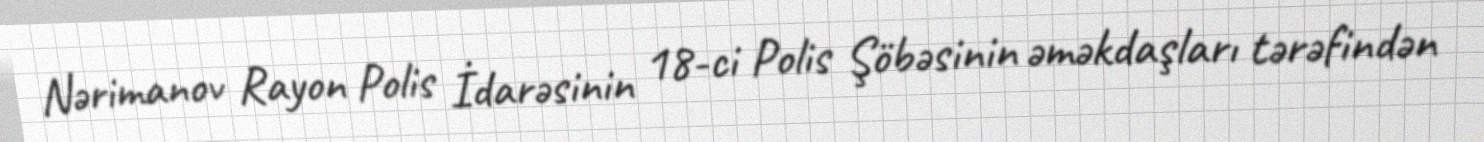
Nərimanov Rayon Polis İdarəsinin 18-ci Polis Şöbəsinin əməkdaşları tərəfindən